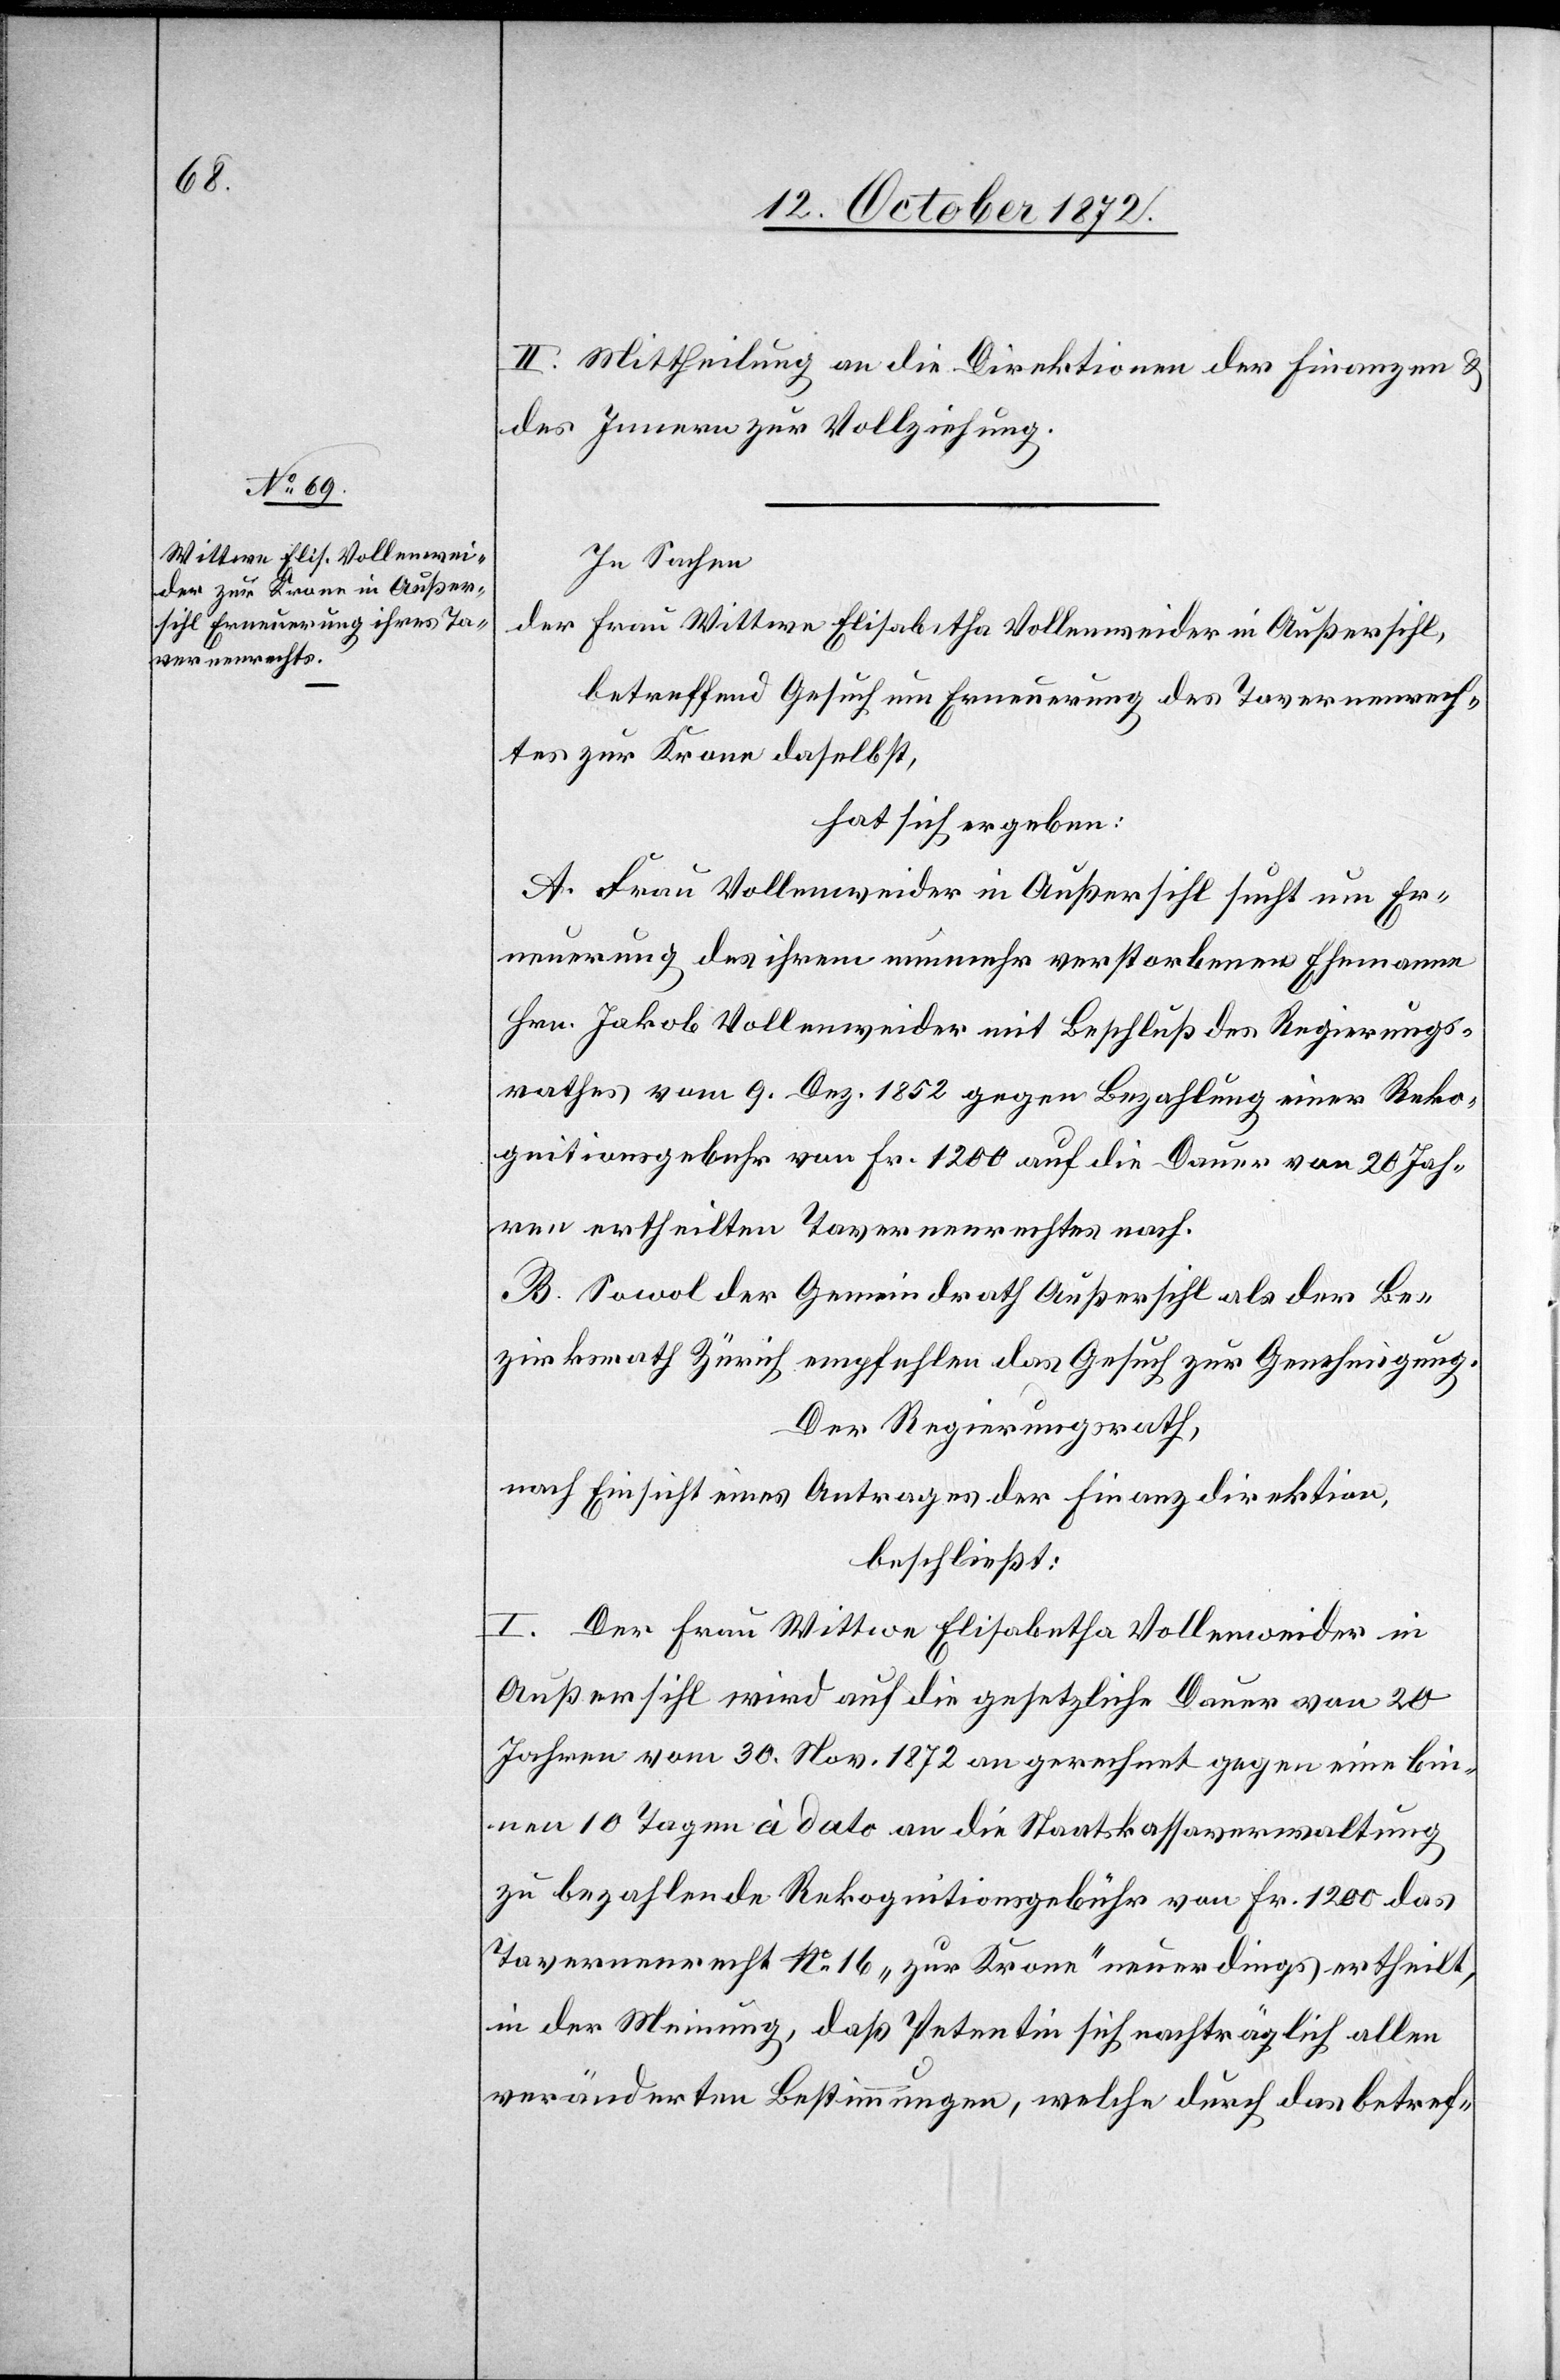
II. Mittheilung an die Direktionen der Finanzen u.
des Innern zur Vollziehung.
In Sachen
der Frau Wittwe Elisabetha Vollenweider in Außersihl,
betreffend Gesuch um Erneuerung des Tavernenrech¬
tes zur Krone daselbst,
hat sich ergeben:
A. Frau Vollenweider in Außersihl sucht um Er¬
neuerung des ihrem nunmehr verstorbenen Ehemanne
Hrn. Jakob Vollenweider mit Beschluß des Regierungs¬
rathes vom 9. Dez. 1852 gegen Bezahlung einer Reko¬
gnitionsgebühr von Fr. 1200 auf die Dauer von 20 Jah¬
ren ertheilten Tavernenrechtes nach.
B. Sowol der Gemeindrath Außersihl als der Be¬
zirksrath Zürich empfehlen das Gesuch zur Genehmigung.
Der Regierungsrath,
nach Einsicht eines Antrages der Finanzdirektion,
beschließt:
I. Der Frau Wittwe Elisabetha Vollenweider in
Außersihl wird auf die gesetzliche Dauer von 20
Jahren von 30. Nov. 1872 an gerechnet gegen eine bin¬
nen 10 Tagen à dato an die Staatskassaverwaltung
zu bezahlende Rekognitionsgebühr von Fr. 1200 das
Tavernenrecht No 16 „zur Krone“ neuerdings ertheilt,
in der Meinung, daß Petentin sich nachträglich allen
veränderten Bestimmungen, welche durch das betref-